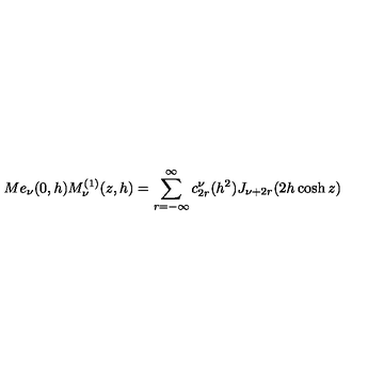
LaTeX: M e _ { \nu } ( 0 , h ) M _ { \nu } ^ { ( 1 ) } ( z , h ) = \sum _ { r = - \infty } ^ { \infty } c _ { 2 r } ^ { \nu } ( h ^ { 2 } ) J _ { \nu + 2 r } ( 2 h \cosh z )